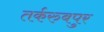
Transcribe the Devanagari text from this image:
तर्करुबपुर